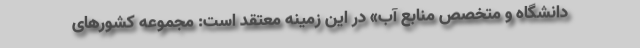
دانشگاه و متخصص منابع آب» در این زمینه معتقد است: مجموعه کشورهای